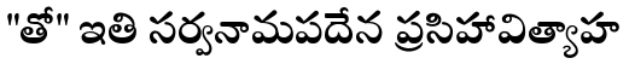
"తో" ఇతి సర్వనామపదేన ప్రసిహావిత్యాహ